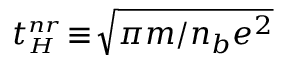
t _ { { \scriptscriptstyle H } } ^ { { \scriptscriptstyle n r } } \! \equiv \! \sqrt { \pi m / n _ { b } e ^ { 2 } }